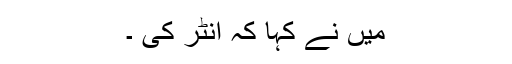
میں نے کہا کہ انٹر کی ۔